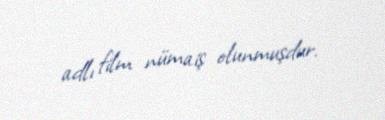
adlı film nümaiş olunmuşdur.